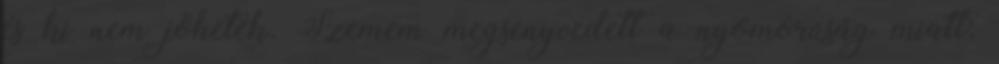
és ki nem jöhetek. Szemem megsenyvedett a nyomorúság miatt;